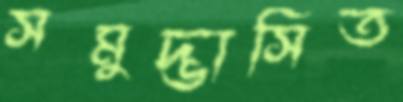
সমুদ্ভাসিত